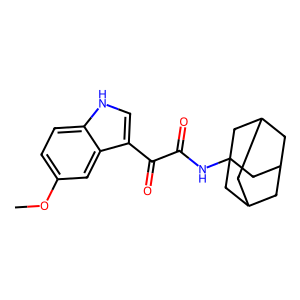
SMILES: COc1ccc2[nH]cc(C(=O)C(=O)NC34CC5CC(CC(C5)C3)C4)c2c1
Inhibits HIV replication: No